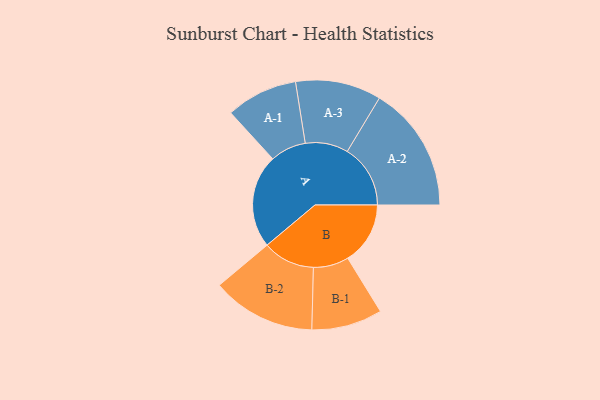
{"axis": {"x": "Segment", "y": "Value"}, "legend": ["", "A", "B"], "data": [{"x": "A", "y": 439, "type": ""}, {"x": "B", "y": 293, "type": ""}, {"x": "A-1", "y": 168, "type": "A"}, {"x": "A-2", "y": 296, "type": "A"}, {"x": "A-3", "y": 201, "type": "A"}, {"x": "B-1", "y": 166, "type": "B"}, {"x": "B-2", "y": 244, "type": "B"}]}